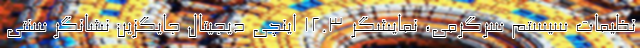
نظیمات سیستم سرگرمی، نمایشگر 12.3 اینچی دیجیتال جایگزین نشانگر سنتی